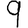
Digit: 9